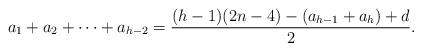
LaTeX: \begin{align*}a_1+a_2+\cdots+a_{h-2}=\frac{(h-1)(2n-4)-(a_{h-1}+a_h)+d}{2}.\end{align*}